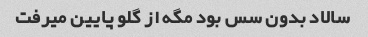
سالاد بدون سس بود مگه از گلو پایین میرفت